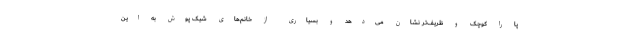
پا را کوچک و ظریف‌تر نشان می‌دهد و بسیاری از خانم‌های شیک پوش به این